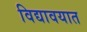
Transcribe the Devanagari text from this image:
विद्यावयात